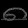
Digit: ၈